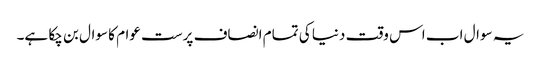
یہ سوال اب اس وقت دنیا کی تمام انصاف پرست عوام کا سوال بن چکا ہے۔